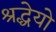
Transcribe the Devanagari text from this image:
श्रद्धेयो